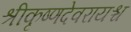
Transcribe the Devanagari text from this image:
श्रीकृष्णदेवरायश्च